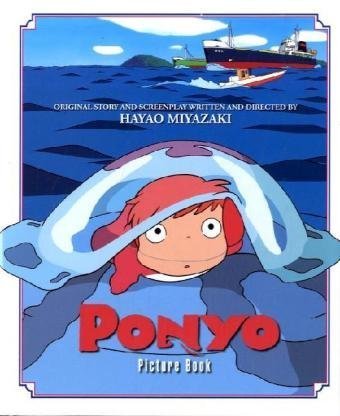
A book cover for Ponyo Picture Book (PONYO ON THE CLIFF); Hayao Miyazaki; Children's Books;